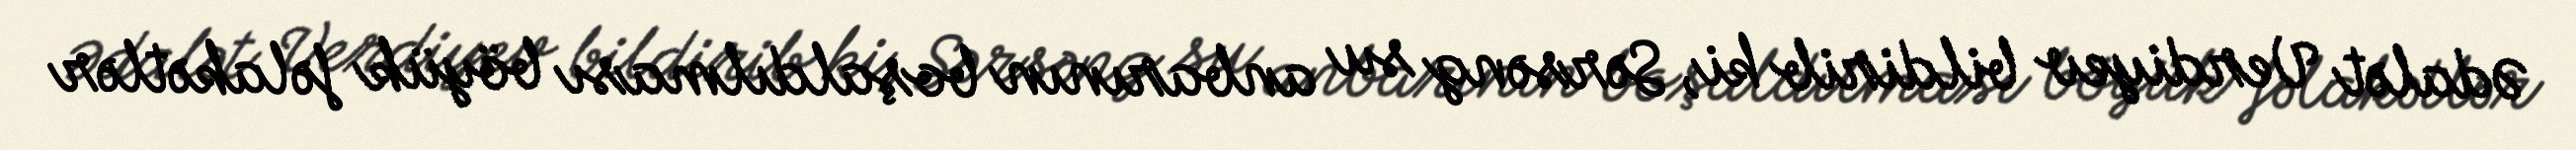
Ədalət Verdiyev bildirib ki, Sərsəng su anbarının boşaldılması böyük fəlakətlər